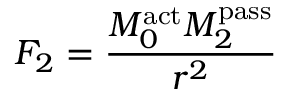
F _ { 2 } = { \frac { M _ { 0 } ^ { \mathrm { a c t } } M _ { 2 } ^ { \mathrm { p a s s } } } { r ^ { 2 } } }